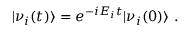
| \nu _ { i } ( t ) \rangle = e ^ { - i E _ { i } t } | \nu _ { i } ( 0 ) \rangle ~ .